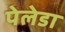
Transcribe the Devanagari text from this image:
पेलेडा